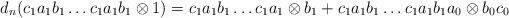
LaTeX: \begin{align*}d_n(c_1a_1b_1 \dots c_1a_1b_1 \otimes 1) = c_1a_1b_1 \dots c_1a_1 \otimes b_1 + c_1a_1b_1 \dots c_1a_1b_1a_0 \otimes b_0c_0\end{align*}